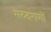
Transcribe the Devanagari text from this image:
मरुदगणों